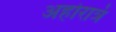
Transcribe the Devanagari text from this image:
अहोरात्रं